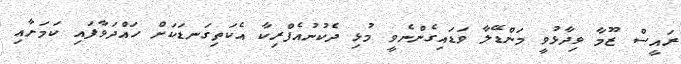
ރައީސް ޒޫމާ ވިދާޅުވީ މަންޑޭލާ ވަޑައިގެންނެވީ މުޅި ދެކުނުއެފްރިކާ އެކަތިގަނޑަކަށް ހައްދަވާފައި ކަމަށާއި